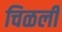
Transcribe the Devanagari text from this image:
चिळली